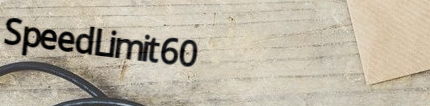
SpeedLimit60